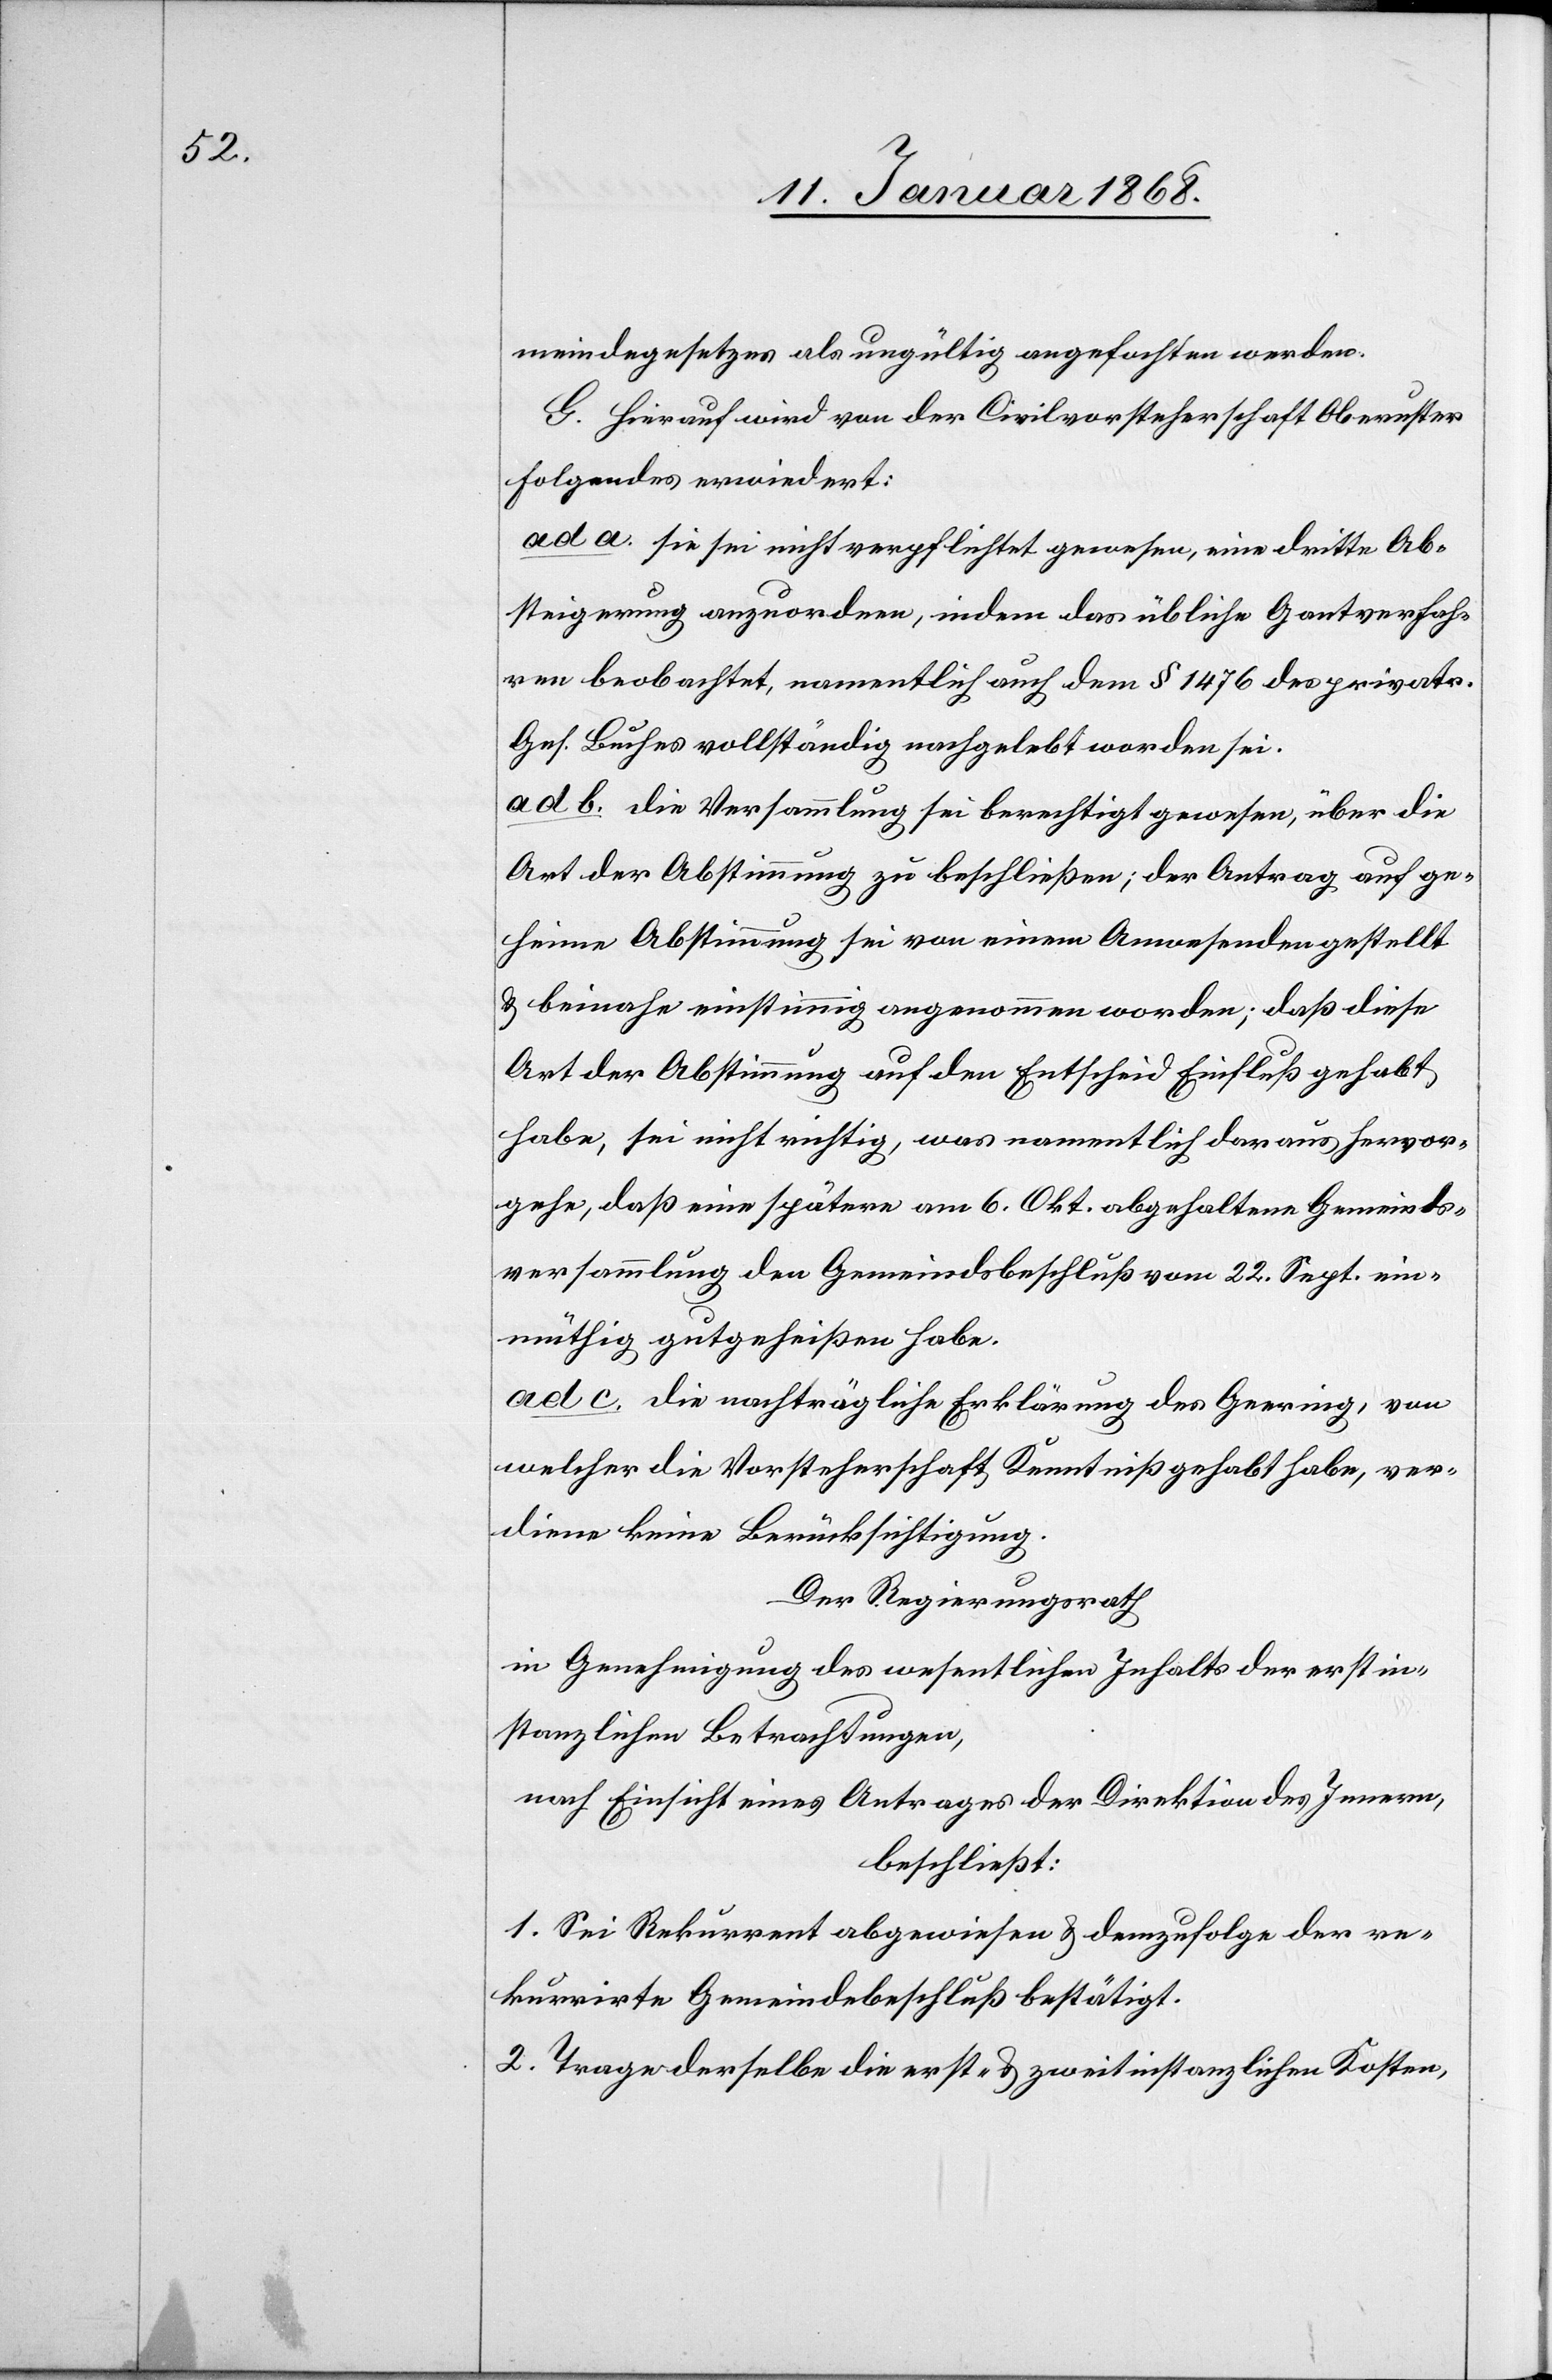
meindegesetzes als ungültig angefochten werden.
G. Hierauf wird von der Civilvorsteherschaft Oberuster
Folgendes erwiedert:
ad a. sie sei nicht verpflichtet gewesen, eine dritte Ab¬
steigerung anzuordnen, indem das übliche Gantverfah¬
ren beobachtet, namentlich auch dem § 1476 des privatr.
Ges. Buches vollständig nachgelebt worden sei.
ad b. die Versammlung sei berechtigt gewesen, über die
Art der Abstimmung zu beschließen; der Antrag auf ge¬
heime Abstimmung sei von einem Anwesenden gestellt
& beinahe einstimmig angenommen worden; daß diese
Art der Abstimmung auf den Entscheid Einfluß gehabt
habe, sei nicht richtig, was namentlich daraus hervor¬
gehe, daß eine spätere am 6. Okt. abgehaltene Gemeinds¬
versammlung den Gemeindsbeschluß vom 22. Sept. ein¬
müthig gutgeheißen habe.
ad c. die nachträgliche Erklärung des Geering, von
welcher die Vorsteherschaft Kenntniß gehabt habe, ver¬
diene keine Berücksichtigung.
Der Regierungsrath
in Genehmigung des wesentlichen Inhalts der erstin¬
stanzlichen Betrachtungen,
nach Einsicht eines Antrages der Direktion des Innern,
beschließt:
1. Sei Rekurrent abgewiesen & demzufolge der re¬
kurrirte Gemeindebeschluß bestätigt.
2. Trage derselbe die erst- & zweitinstanzlichen Kosten,